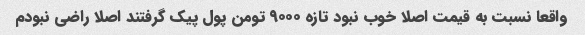
واقعا نسبت به قیمت اصلا خوب نبود تازه ۹۰۰۰ تومن پول پیک گرفتند اصلا راضی نبودم